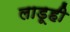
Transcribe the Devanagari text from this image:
लाडूही